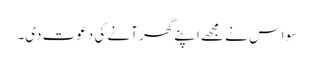
سو اس نے مجھے اپنے گھر آنے کی دعوت دی۔